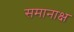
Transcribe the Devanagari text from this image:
समानाक्ष